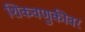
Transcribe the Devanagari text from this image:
शिकवणुकीवर